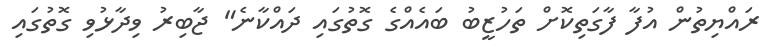
ރައްޔިތުން އުފާ ފާގަތިކޮށް ތަހުޒީބު ބައެއްގެ ގޮތުގައި ދައްކާނެ" ޖާބިރު ވިދާޅުވި ގޮތުގައި